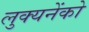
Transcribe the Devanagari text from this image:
लुक्यनेंको